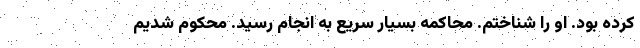
کرده بود. او را شناختم. محاکمه بسیار سریع به انجام رسید. محکوم شدیم